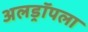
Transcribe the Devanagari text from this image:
अलड्रॉपला